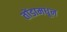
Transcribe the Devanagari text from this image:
तोंडामधून